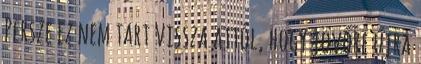
Persze ez nem tart vissza attól, hogy jövőre újra